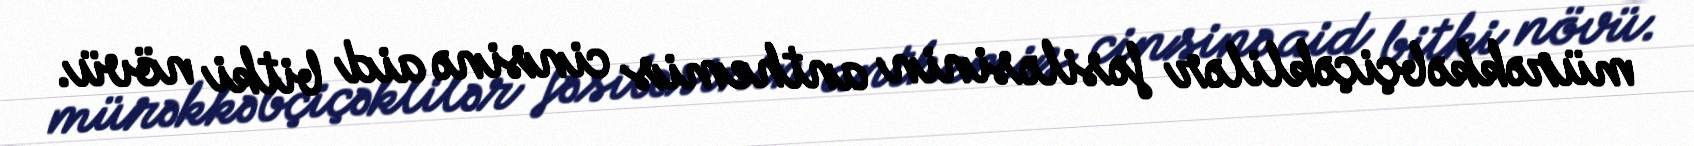
mürəkkəbçiçəklilər fəsiləsinin anthemis cinsinə aid bitki növü.